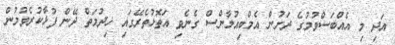
އަދި މި އެއްބަސްވުމުގެ ދަށުން އެމްބިއުލާންސް ގެނެވި އަތޮޅުތެރޭގައި ޚިދުމަތް ދޭން ފުޅާކުރެވުމުން